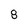
Character: 8